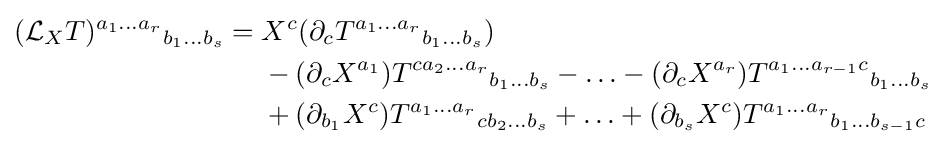
{\begin{aligned}({\mathcal {L}}_{X}T)^{a_{1}\ldots a_{r}}{}_{b_{1}\ldots b_{s}}={}&X^{c}(\partial _{c}T^{a_{1}\ldots a_{r}}{}_{b_{1}\ldots b_{s}})\\&{}-{}(\partial _{c}X^{a_{1}})T^{ca_{2}\ldots a_{r}}{}_{b_{1}\ldots b_{s}}-\ldots -(\partial _{c}X^{a_{r}})T^{a_{1}\ldots a_{r-1}c}{}_{b_{1}\ldots b_{s}}\\&+(\partial _{b_{1}}X^{c})T^{a_{1}\ldots a_{r}}{}_{cb_{2}\ldots b_{s}}+\ldots +(\partial _{b_{s}}X^{c})T^{a_{1}\ldots a_{r}}{}_{b_{1}\ldots b_{s-1}c}\end{aligned}}